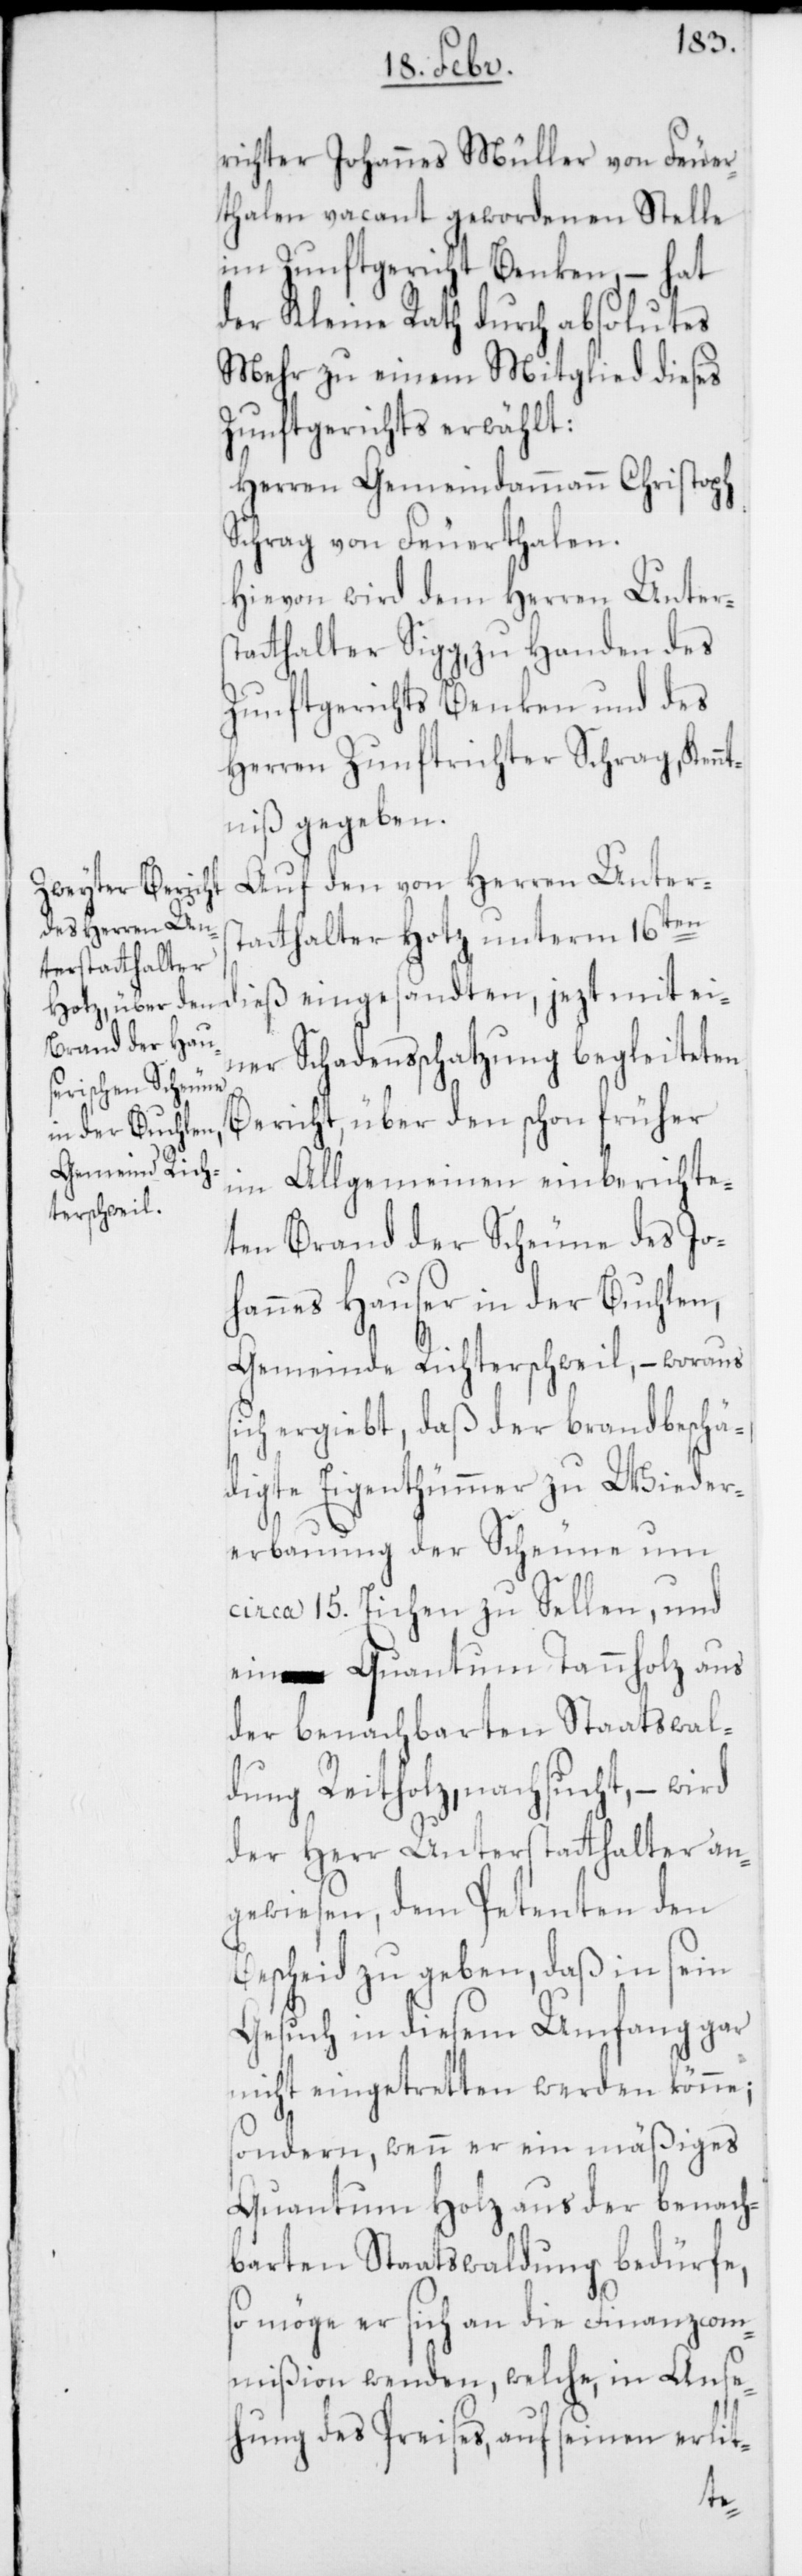
richter Johannes Müller von Feuer¬
thalen vacant gewordenen Stelle
im Zunftgericht Benken, – hat
der Kleine Rath durch absolutes
Mehr zu einem Mitglied dieses
Zunftgerichts erwählt:
Herren Gemeindammann Christoph
Schrag von Feuerthalen.
Hievon wird dem Herren Unters¬
tatthalter Sigg, zu Handen des
Zunftgerichts Benken und des
Herren Zunftrichter Schrag Kennt¬
niß gegeben.
Auf den von Herren Unters¬
tatthalter Hotz unterm 16ten
dieß eingesandten, jezt mit ei¬
ner Schadensschatzung begleiteten
Bericht, über den schon früher
im Allgemeinen einberichte¬
ten Brand der Scheune des Jo¬
hannes Hauser in der Buchlen,
Gemeinde Richterschweil, – woraus
sich ergiebt, daß der brandbeschä¬
digte Eigentümer zu Wieder¬
erbauung der Scheune um
circa 15. Eichen zu Sellen, und
ein Quantum Tannholz aus
der benachbarten Staatswal¬
dung Reitholz nachsucht, – wird
der Herr Unterstatthalter an¬
gewiesen, dem Petenten den
Bescheid zu geben, daß in sein
Gesuch in diesem Umfang gar
nicht eingetretten werden könne;
sondern, wenn er ein mäßiges
Quantum Holz aus der benach¬
barten Staatswaldung bedürfe,
so möge er sich an die Finanzcom¬
mißion wenden, welche, in Anse¬
hung des Preises, auf seinen erlit-